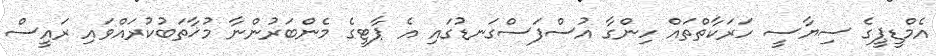
އެމްޑީޕީގެ ސިޔާސީ ހަރަކާތްތައް ހިންގާ އުސްފަސްގަނޑުގައި އެ ޕާޓީގެ މެންބަރުންނާ މުޚާތަބުކުރައްވައި ރައީސް